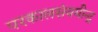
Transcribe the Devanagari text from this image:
परकालसंयमीन्द्र